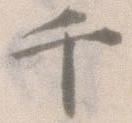
千